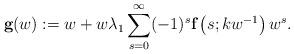
LaTeX: \begin{align*}\textbf{g}(w):=w+w\lambda_1\sum^{\infty}_{s=0}(-1)^s\textbf{f}\left(s;kw^{-1}\right)w^s.\end{align*}